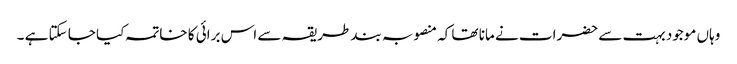
وہاں موجود بہت سے حضرات نے مانا تھا کہ منصوبہ بند طریقہ سے اس برائی کا خاتمہ کیا جا سکتا ہے ۔